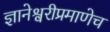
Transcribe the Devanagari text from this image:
ज्ञानेश्वरीप्रमाणेच